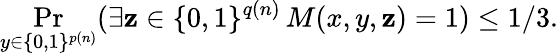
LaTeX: \Pr_{y\in\{ 0,1\} ^{p(n)}}(\exists\mathbf{z}\in\{ 0,1\} ^{q(n)}\, M(x,y,\mathbf{z})=1)\leq1/3.